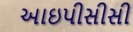
આઇપીસીસી